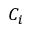
C _ { i }